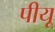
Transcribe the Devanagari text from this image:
पीयू